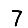
Digit: 7